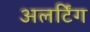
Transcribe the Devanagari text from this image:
अलर्टिंग